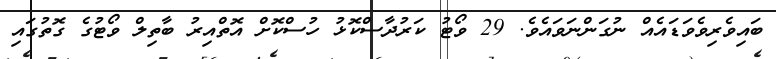
ބައިވެރިވެވަޑައެއް ނުގަންނަވައެވެ. 29 ވޯޓު ކަރުދާސްކޮޅު ހުސްކޮށް އޮތްއިރު ބާތިލް ވޯޓުގެ ގޮތުގައި